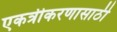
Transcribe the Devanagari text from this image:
एकत्रीकरणासाठी